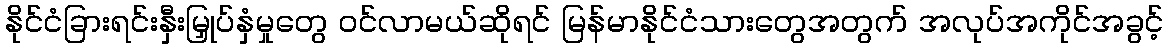
နိုင်ငံခြားရင်းနှီးမြှုပ်နှံမှုတွေ ဝင်လာမယ်ဆိုရင် မြန်မာနိုင်ငံသားတွေအတွက် အလုပ်အကိုင်အခွင့်